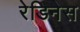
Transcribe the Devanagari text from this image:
रेडिनेस